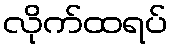
လိုက်ထရပ်